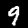
Label: 9